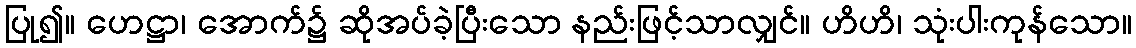
ပြု၍။ ဟေဋ္ဌာ၊ အောက်၌ ဆိုအပ်ခဲ့ပြီးသော နည်းဖြင့်သာလျှင်။ ဟိဟိ၊ သုံးပါးကုန်သော။